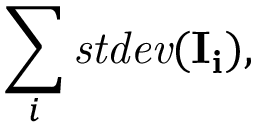
\sum _ { i } \mathit { s t d e v } ( \mathbf { I _ { i } } ) ,